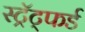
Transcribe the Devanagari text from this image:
स्ट्रॅट्फर्ड